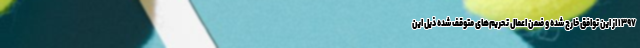
۱۳۹۷ از این توافق خارج شده و ضمن اعمال تحریم‌های متوقف شده ذیل این